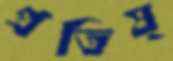
প্রতিষ্